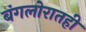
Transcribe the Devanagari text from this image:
बंगलोरातही